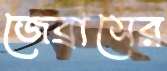
জেব্রাসের